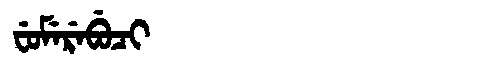
Manchu: ᠸᡠᠮᡝᡵᡝᠪᡠᠴᡳ
Romanization: FUMEREBUCI